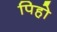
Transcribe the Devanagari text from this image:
पिहो